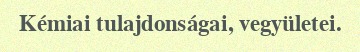
Kémiai tulajdonságai, vegyületei.